Report on vaccination in the Province of Bengal - 1874-1889
Year: 1874
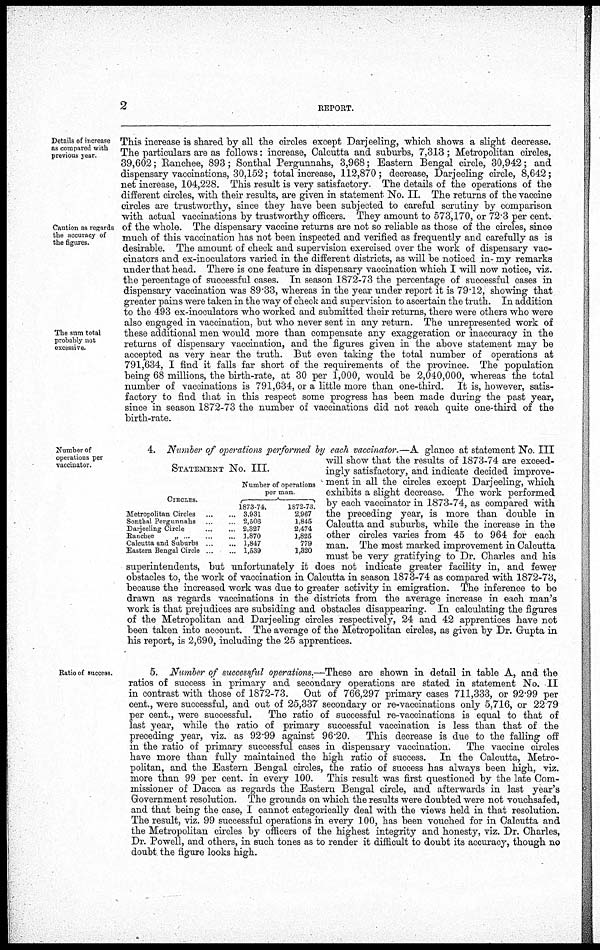
2
REPORT.
Details of increase
as compared with
previous year.
Caution as regards
the accuracy of
the figures.
The sum total
probably not
excessive.
This increase is shared by all the circles except Darjeeling, which shows a slight decrease.
The particulars are as follows: increase, Calcutta and suburbs, 7,313 ; Metropolitan circles,
39,602; Ranchee, 893; Sonthal Pergunnahs, 3,968; Eastern Bengal circle, 30,942; and
dispensary vaccinations, 30,152; total increase, 112,870 ; decrease, Darjeeling circle, 8,642;
net increase, 104,228. This result is very satisfactory. The details of the operations of the
different circles, with their results, are given in statement No. II. The returns of the vaccine
circles are trustworthy, since they have been subjected to careful scrutiny by comparison
with actual vaccinations by trustworthy officers. They amount to 573,170, or 72.3 per cent.
of the whole. The dispensary vaccine returns are not so reliable as those of the circles, since
much of this vaccination has not been inspected and verified as frequently and carefully as is
desirable. The amount of check and supervision exercised over the work of dispensary vac-
cinators and ex-inoculators varied in the different districts, as will be noticed in my remarks
under that head. There is one feature in dispensary vaccination which I will now notice, viz.
the percentage of successful cases. In season 1872-73 the percentage of successful cases in
dispensary vaccination was 89.33, whereas in the year under report it is 79.12, showing that
greater pains were taken in the way of check and supervision to ascertain the truth. In addition
to the 493 ex-inoculators who worked and submitted their returns, there were others who were
also engaged in vaccination, but who never sent in any return. The unrepresented work of
these additional men would more than compensate any exaggeration or inaccuracy in the
returns of dispensary vaccination, and the figures given in the above statement may be
accepted as very near the truth. But even taking the total number of operations at
791,634, I find it falls far short of the requirements of the province. The population
being 68 millions, the birth-rate, at 30 per 1,000, would be 2,040,000, whereas the total
number of vaccinations is 791,634, or a little more than one-third. It is, however, satis-
factory to find that in this respect some progress has been made during the past year,
since in season 1872-73 the number of vaccinations did not reach quite one-third of the
birth-rate.
Number of
operations per
vaccinator.
STATEMENT NO. III.
CIRCLES.
Metropolitan Circles... ...
Sonthal Pergunnahs ... ...
Darjeeling Circle... ...
Ranchee
„ ... ... ...
Calcutta and Suburbs... ...
Eastern Bengal Circle ... ...
Number of operations
per man
1873-74.
3,931
2,506
2,327
1,870
1,847
1,539
1872-73.
2,967
1,845
2,474
1,825
779
1,820
4. Number of operations performed by each vaccinator.—A glance at statement No. III
will show that the results of 1873-74 are exceed-
ingly satisfactory, and indicate decided improve-
ment in all the circles except Darjeeling, which
exhibits a slight decrease. The work performed
by each vaccinator in 1873-74, as compared with
the preceding year, is more than double in
Calcutta and suburbs, while the increase in the
other circles varies from 45 to 964 for each
man. The most marked improvement in Calcutta
must be very gratifying to Dr. Charles and his
superintendents, but unfortunately it does not indicate greater facility in, and fewer
obstacles to, the work of vaccination in Calcutta in season 1873-74 as compared with 1872-73,
because the increased work was due to greater activity in emigration. The inference to be
drawn as regards vaccinations in the districts from the average increase in each man's
work is that prejudices are subsiding and obstacles disappearing. In calculating the figures
of the Metropolitan and Darjeeling circles respectively, 24 and 42 apprentices have not
been taken into account. The average of the Metropolitan circles, as given by Dr. Gupta in
his report, is 2,690, including the 25 apprentices.
Ratio of success.
5. Number of successful operations.—These are shown in detail in table A, and the
ratios of success in primary and secondary operations are stated in statement No. II
in contrast with those of 1872-73. Out of 766,297 primary cases 711,333, or 92.99 per
cent., were successful, and out of 25,337 secondary or re-vaccinations only 5,716, or 22 79
per cent., were successful.
The ratio of successful re-vaccinations is equal to that of
last year, while the ratio of primary successful vaccination is less than that of the
preceding year, viz. as 92.99 against 96.20.
This decrease is due to the falling off
in the ratio of primary successful cases in dispensary vaccination.
The vaccine circles
have more than fully maintained the high ratio of success. In the Calcutta, Metro-
politan, and the Eastern Bengal circles, the ratio of success has always been high, viz.
more than 99 per cent. in every 100. This result was first questioned by the late Com-
missioner of Dacca as regards the Eastern Bengal circle, and afterwards in last year's
Government resolution. The grounds on which the results were doubted were not vouchsafed,
and that being the case, I cannot categorically deal with the views held in that resolution.
The result, viz. 99 successful operations in every 100, has been vouched for in Calcutta and
the Metropolitan circles by officers of the highest integrity and honesty, viz. Dr. Charles,
Dr. Powell, and others, in such tones as to render it difficult to doubt its accuracy, though no
doubt the figure looks high.